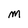
Character: m